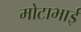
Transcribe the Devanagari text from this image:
मोटाभाई